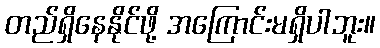
တည်ရှိနေနိုင်ဖို့ အကြောင်းမရှိပါဘူး။